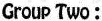
Group Two: